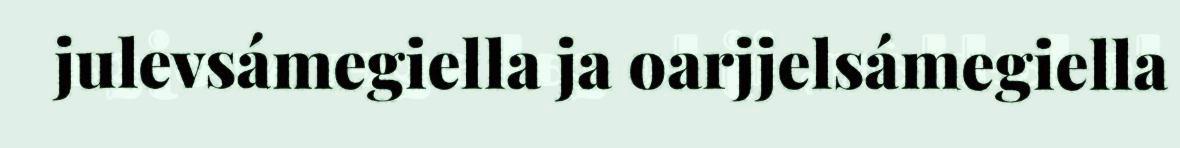
julevsámegiella ja oarjjelsámegiella